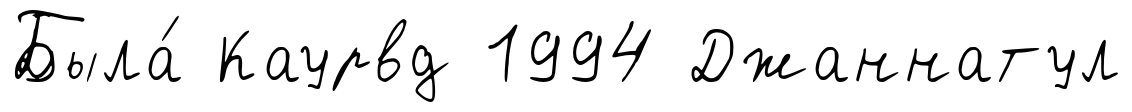
Была́ Каурвд 1994 Джаннатул